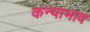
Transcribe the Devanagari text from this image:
कन्याभाव